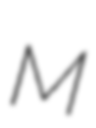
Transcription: M